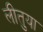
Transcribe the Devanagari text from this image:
लीतुया